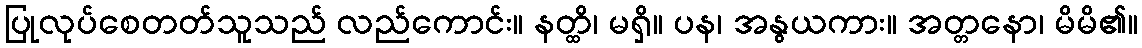
ပြုလုပ်စေတတ်သူသည် လည်ကောင်း။ နတ္ထိ၊ မရှိ။ ပန၊ အနွယကား။ အတ္တနော၊ မိမိ၏။